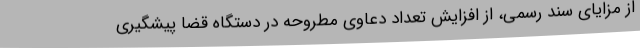
از مزایای سند رسمی، از افزایش تعداد دعاوی مطروحه در دستگاه قضا پیشگیری